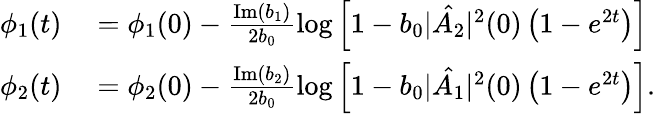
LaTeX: \begin{array}{rl}{\phi_{1}(t)}&{{}=\phi_{1}(0)-\frac{\mathrm{Im}(b_{1})}{2b_{0}}\log\left[1-b_{0}|\hat{A_{2}}|^{2}(0)\left(1-e^{2t}\right)\right]}\\ {\phi_{2}(t)}&{{}=\phi_{2}(0)-\frac{\mathrm{Im}(b_{2})}{2b_{0}}\log\left[1-b_{0}|\hat{A_{1}}|^{2}(0)\left(1-e^{2t}\right)\right].}\end{array}